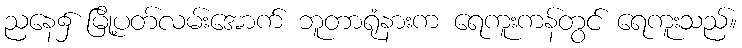
ညနေ၌ မြို့ပတ်လမ်းအောက် ဘူတာရုံနားက ရေကူးကန်တွင် ရေကူးသည်။